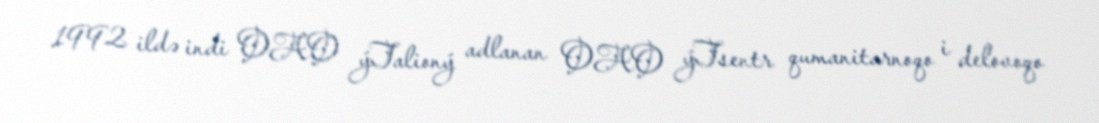
1992 ildə indi OAO ýTalioný adlanan OAO ýTsentr qumanitarnoqo i delovoqo